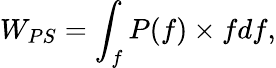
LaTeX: W_{PS}=\int_{f}P(f)\times fdf,